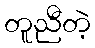
တူညီတဲ့